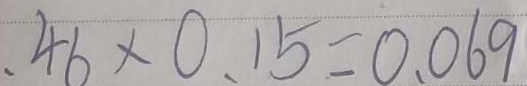
4 6 \times 0 . 1 5 = 0 . 0 6 9